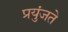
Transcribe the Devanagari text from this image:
प्रयुंजते